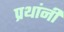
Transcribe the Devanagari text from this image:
प्रथांनी